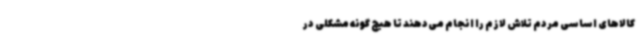
کالاهای اساسی مردم تلاش لازم را انجام می‌دهند تا هیچ گونه مشکلی در